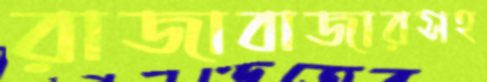
রাজাবাজারসহ